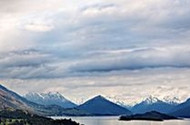
山远翠眉长。高处凄凉。菊花清瘦杜秋娘。